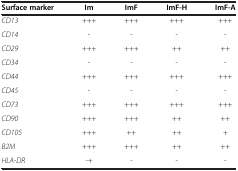
<table><thead><tr><td><b>Surface marker</b></td><td><b>Im</b></td><td><b>ImF</b></td><td><b>ImF-H</b></td><td><b>ImF-A</b></td></tr></thead><tbody><tr><td><i>CD13</i></td><td>+++</td><td>+++</td><td>+++</td><td>+++</td></tr><tr><td><i>CD14</i></td><td>-</td><td>-</td><td>-</td><td>-</td></tr><tr><td><i>CD29</i></td><td>+++</td><td>+++</td><td>++</td><td>++</td></tr><tr><td><i>CD34</i></td><td>-</td><td>-</td><td>-</td><td>-</td></tr><tr><td><i>CD44</i></td><td>+++</td><td>+++</td><td>+++</td><td>+++</td></tr><tr><td><i>CD45</i></td><td>-</td><td>-</td><td>-</td><td>-</td></tr><tr><td><i>CD73</i></td><td>+++</td><td>+++</td><td>+++</td><td>+++</td></tr><tr><td><i>CD90</i></td><td>+++</td><td>+++</td><td>++</td><td>++</td></tr><tr><td><i>CD105</i></td><td>+++</td><td>++</td><td>++</td><td>+</td></tr><tr><td><i>B2M</i></td><td>+++</td><td>+++</td><td>++</td><td>++</td></tr><tr><td><i>HLA-DR</i></td><td>-+</td><td>-</td><td>-</td><td>-</td></tr></tbody></table>